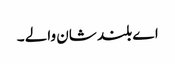
اے بلند شان والے ۔